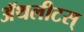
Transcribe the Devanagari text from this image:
ॲथलीटस्